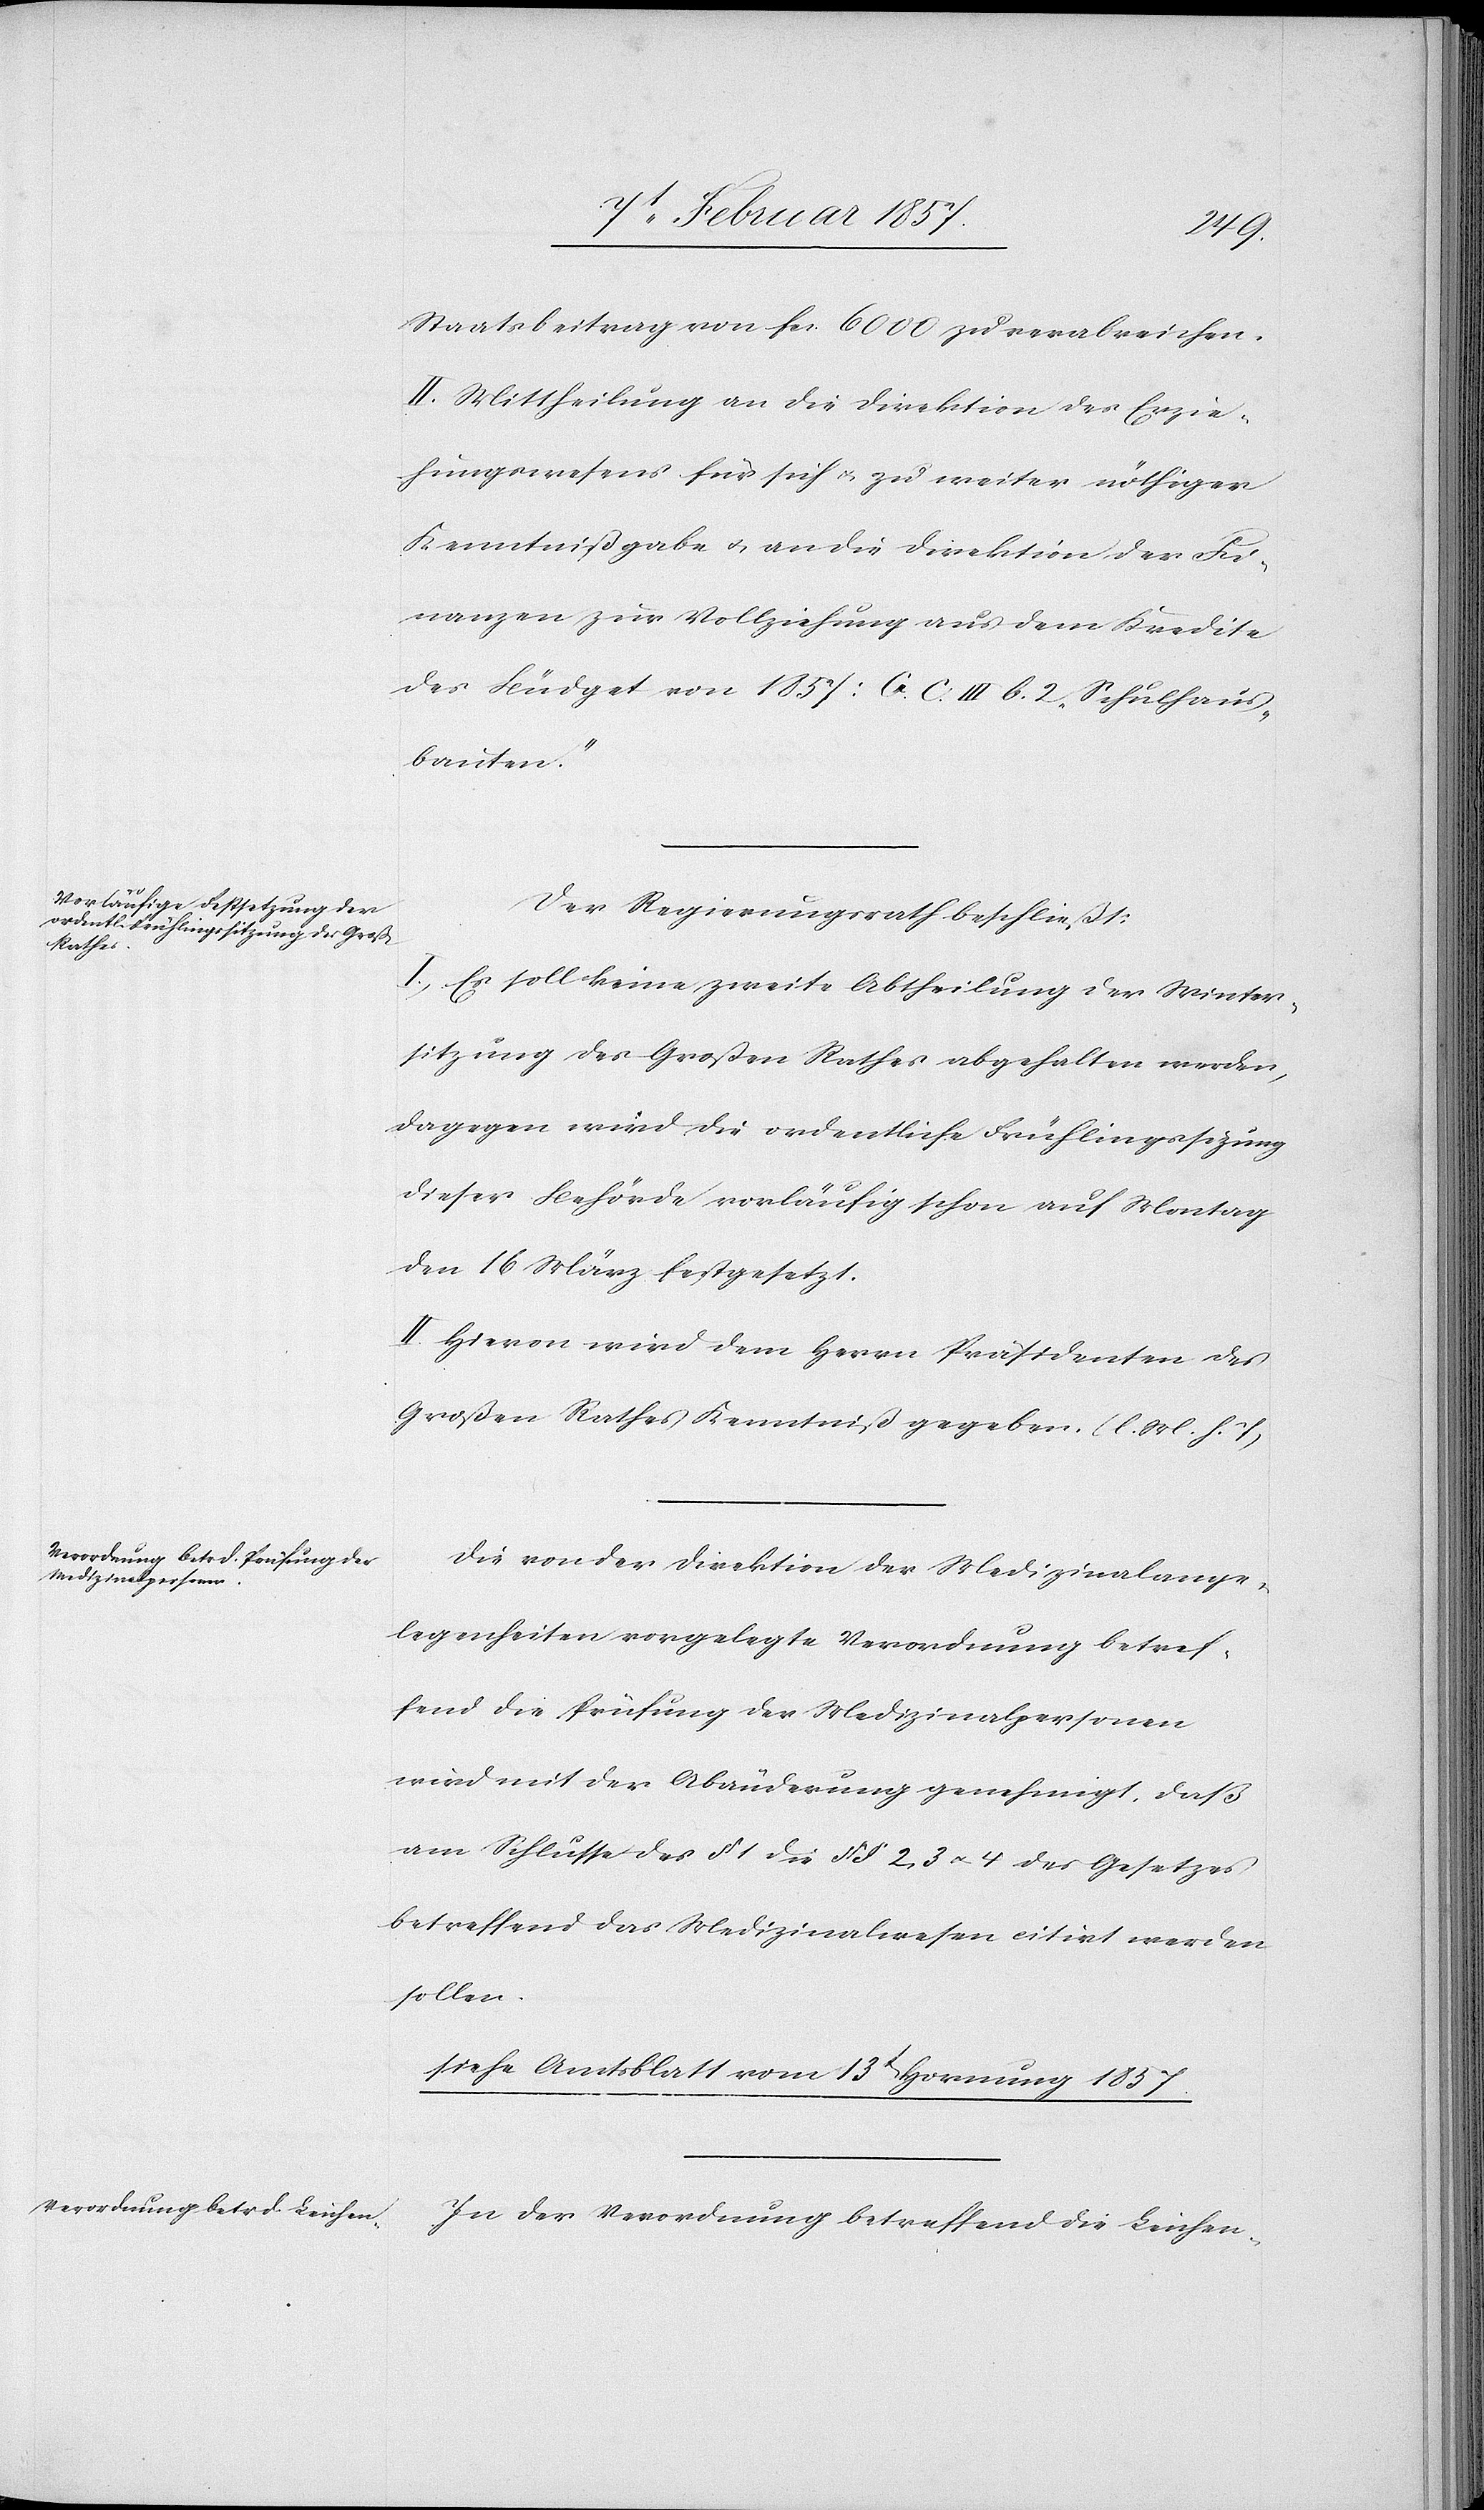
Staatsbeitrag von fr. 6000 zu verabreichen.
II. Mittheilung an die Direktion des Erzie¬
hungswesens für sich u. zu weiter nöthiger
Kenntnißgabe u. an die Direktion der Fi¬
nanzen zur Vollziehung aus dem Kredite
des Büdget von 1857: C. III b. 2 „Schulhaus¬
bauten.“
Der Regierungsrath beschließt:
I. Es soll keine zweite Abtheilung der Winter¬
sitzung des Großen Rathes abgehalten werden,
dagegen wird die ordentliche Frühlingssizung
dieser Behörde vorläufig schon auf Montag
den 16 März festgesetzt.
II. Hievon wird dem Herrn Präsidenten des
Großen Rathes Kenntniß gegeben. (l. M. h. T)
Die von der Direktion der Medizinalange¬
legenheiten vorgelegte Verordnung betref¬
fend die Prüfung der Medizinalpersonen
wird mit der Abänderung genehmigt, daß
am Schlusse des § 1 die § § 2, 3 u. 4 des Gesetzes
betreffend das Medizinalwesen citirt werden
sollen.
Siehe Amtsblatt vom 13t Hornung 1857.
In der Verordnung betreffend die Leichen-